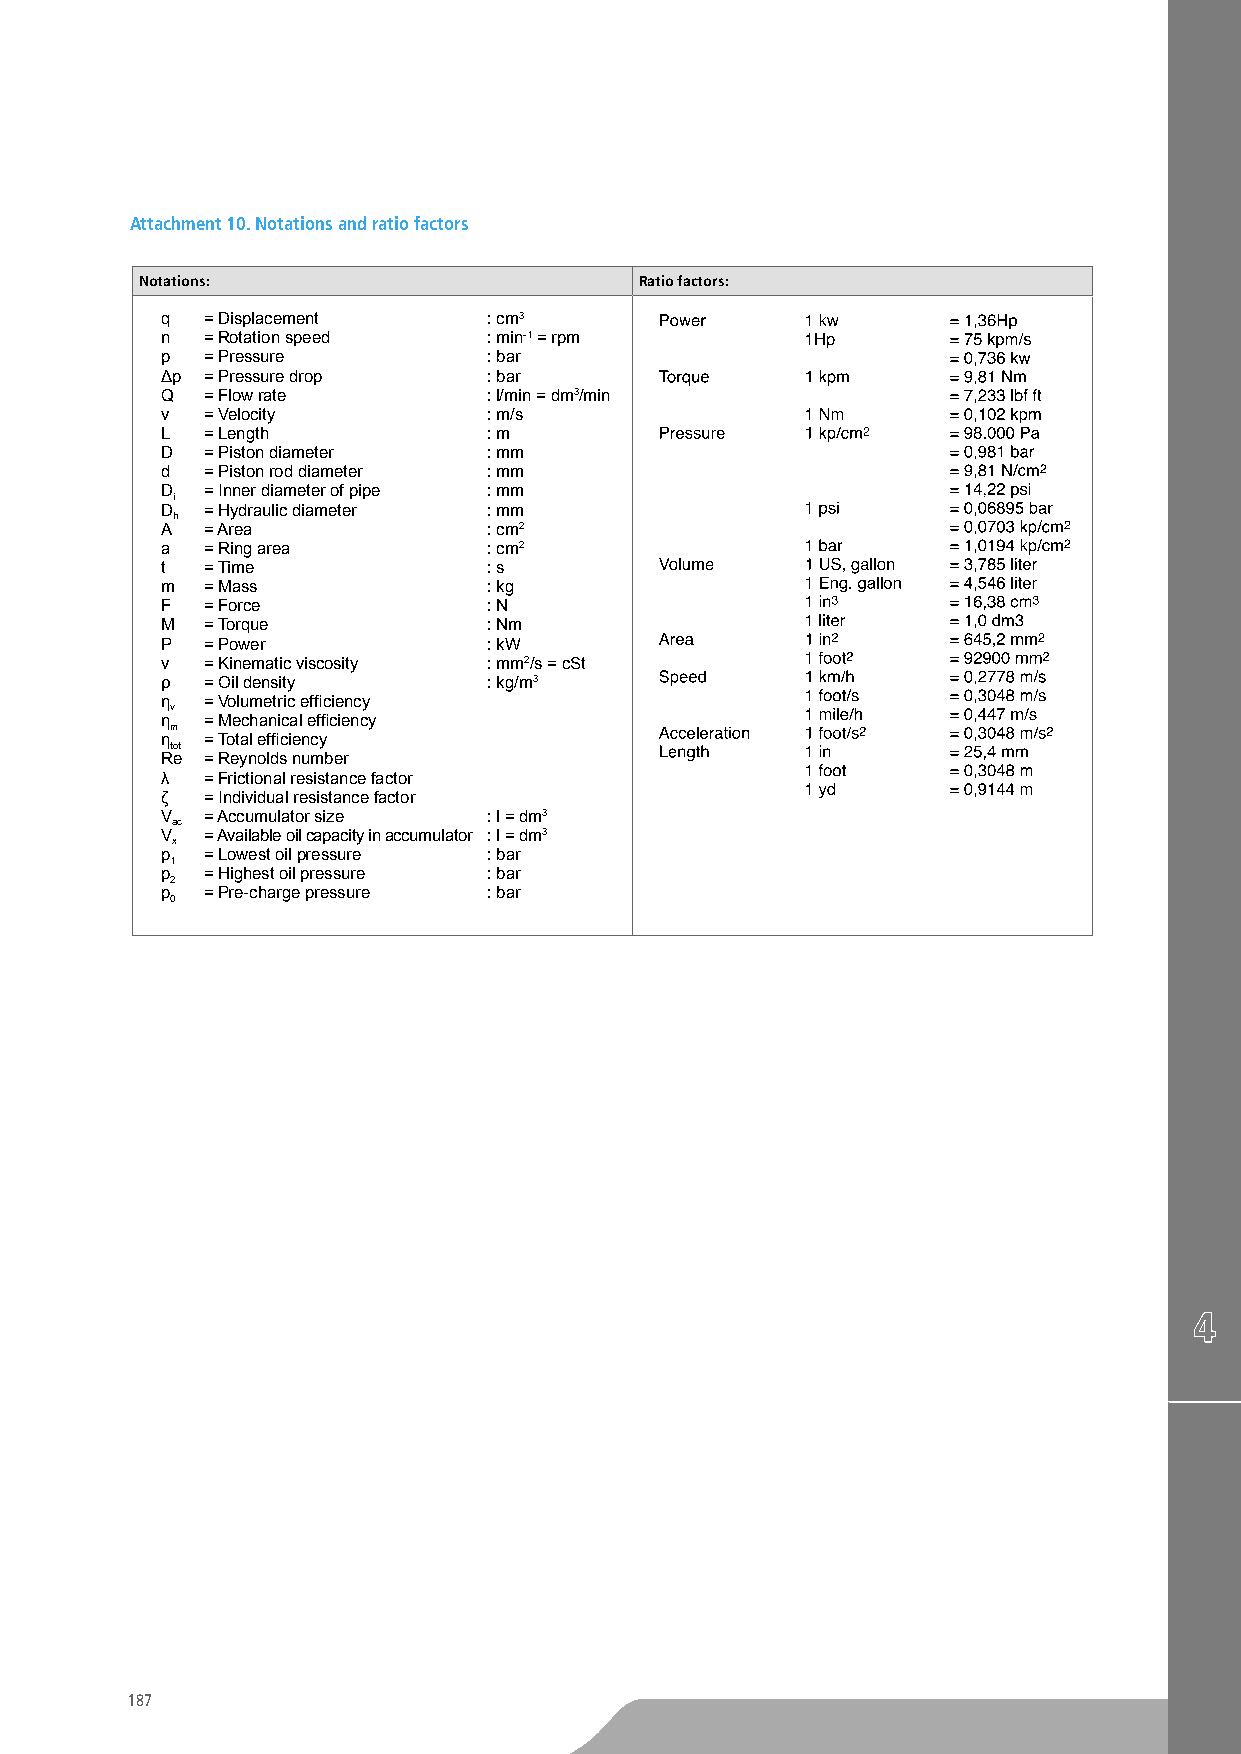
Attachment 10. Notations and ratio factors
 Notations:                       Ratio factors:
 q = Displacement     : cm3
 n = Rotation speed   : min-1 = rpm
 p = Pressure         : bar
 Δp = Pressure drop   : bar
 Q = Flow rate        : l/min = dm3/min
 v = Velocity         : m/s
 L = Length           : m
 D = Piston diameter  : mm
 d = Piston rod diameter : mm
 D = Inner diameter of pipe : mm
 i
 D = Hydraulic diameter : mm
 h
 A = Area             : cm2
 a = Ring area        : cm2
 t = Time             : s
 m = Mass             : kg
 F = Force            : N
 M = Torque           : Nm
 P = Power            : kW
 ν = Kinematic viscosity : mm2/s = cSt
 ρ = Oil density      : kg/m3
 η = Volumetric efficiency
 v
 η = Mechanical efficiency
 m
 η = Total efficiency
 tot
 Re = Reynolds number
 λ = Frictional resistance factor
 ζ = Individual resistance factor
 V = Accumulator size : l = dm3
 ac
 V = Available oil capacity in accumulator : l = dm3
 x
 p = Lowest oil pressure : bar
 1
 p = Highest oil pressure : bar
 2
 p = Pre-charge pressure : bar
 0
 187
 TO
 BE
 CUTTED
 OFF